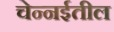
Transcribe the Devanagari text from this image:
चेन्‍नईतील